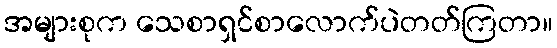
အများစုက သေစာရှင်စာလောက်ပဲတတ်ကြတာ။